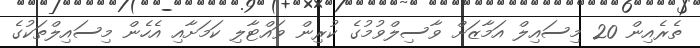
ތެރެއިން 20 މިސައިލް އަމާޒަށް ވާސިލްވުމުގެ ކުރިން ވައްޓާލި ކަމަށާއި އެހެން މިސައިލްތަކުގެ